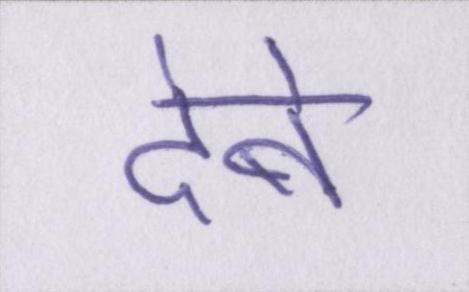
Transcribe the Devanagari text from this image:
देबे